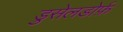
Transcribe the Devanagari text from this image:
डुसेलडोर्फ़